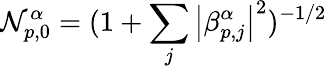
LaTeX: \mathcal{N}_{p,0}^{\alpha}=(1+\sum_{j}\left|\beta_{p,j}^{\alpha}\right|^{2})^{-1/2}